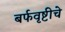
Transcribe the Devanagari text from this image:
बर्फवृष्टीचे